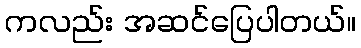
ကလည်း အဆင်ပြေပါတယ်။